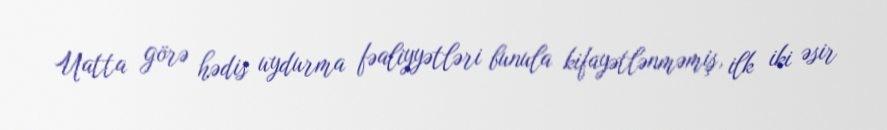
Uatta görə hədis uydurma fəaliyyətləri bunula kifayətlənməmiş, ilk iki əsir